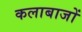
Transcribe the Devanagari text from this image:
कलाबाजों